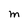
Character: M